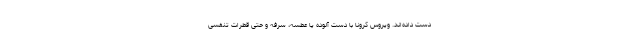
دست داده‌اند. ویروس کرونا با دست آلوده یا عطسه، سرفه و حتی قطرات تنفسی